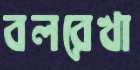
বলরেখা